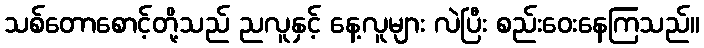
သစ်တောစောင့်တို့သည် ညလူနှင့် နေ့လူများ လဲပြီး စည်းဝေးနေကြသည်။